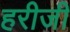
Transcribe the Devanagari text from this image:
हरीजी